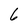
Character: 6